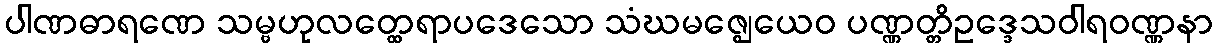
ပါဏဓာရဏေ သမ္ဗဟုလတ္ထေရာပဒေသော သံဃမဇ္ဈေယေဝ ပဏ္ဏတ္တိဥဒ္ဒေသဝါရဝဏ္ဏနာ